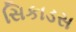
સિકાડસ